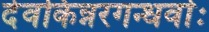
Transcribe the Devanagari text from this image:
देवकिन्नरगन्धर्वाः